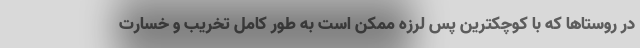
در روستاها که با کوچکترین پس لرزه ممکن است به طور کامل تخریب و خسارت